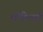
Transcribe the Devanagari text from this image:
थींचेल्सी